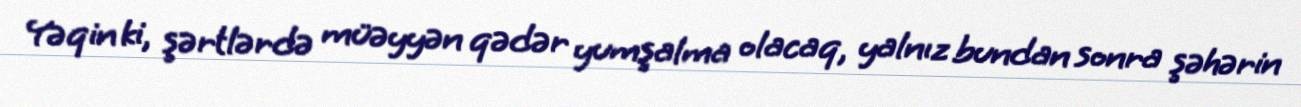
Yəqin ki, şərtlərdə müəyyən qədər yumşalma olacaq, yalnız bundan sonra şəhərin